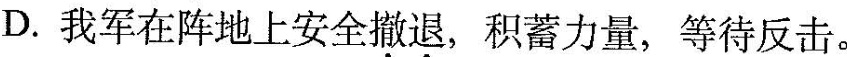
D.我军在阵地上安全\underset{·}{撤}\underset{·}{退}，积蓄力量，等待反击。